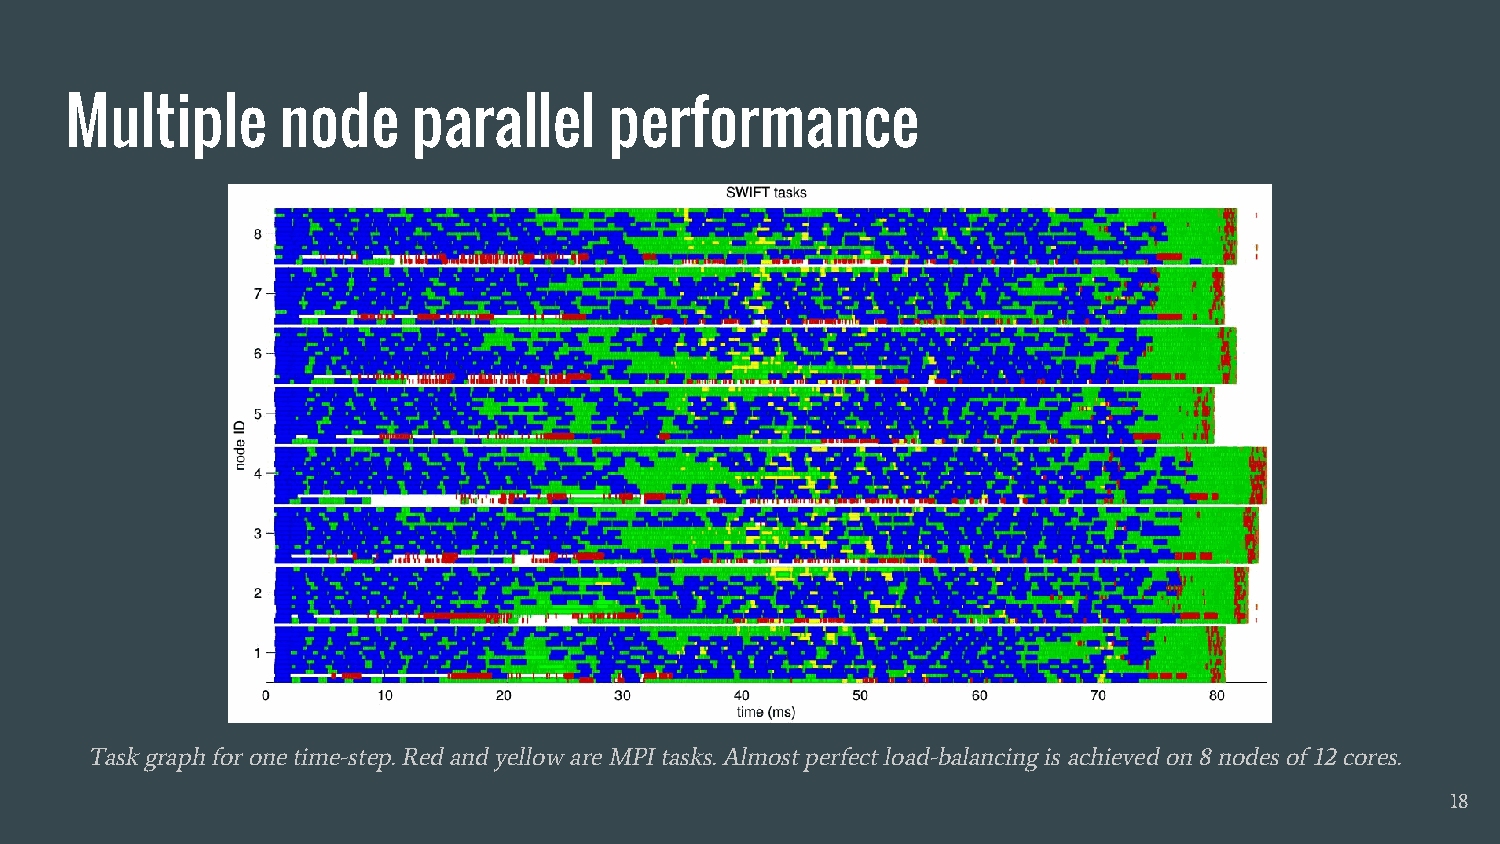
Multiple       node    parallel     performance
 Task graph for one time-step. Red and yellow are MPI tasks. Almost perfect load-balancing is achieved on 8 nodes of 12 cores.
 18